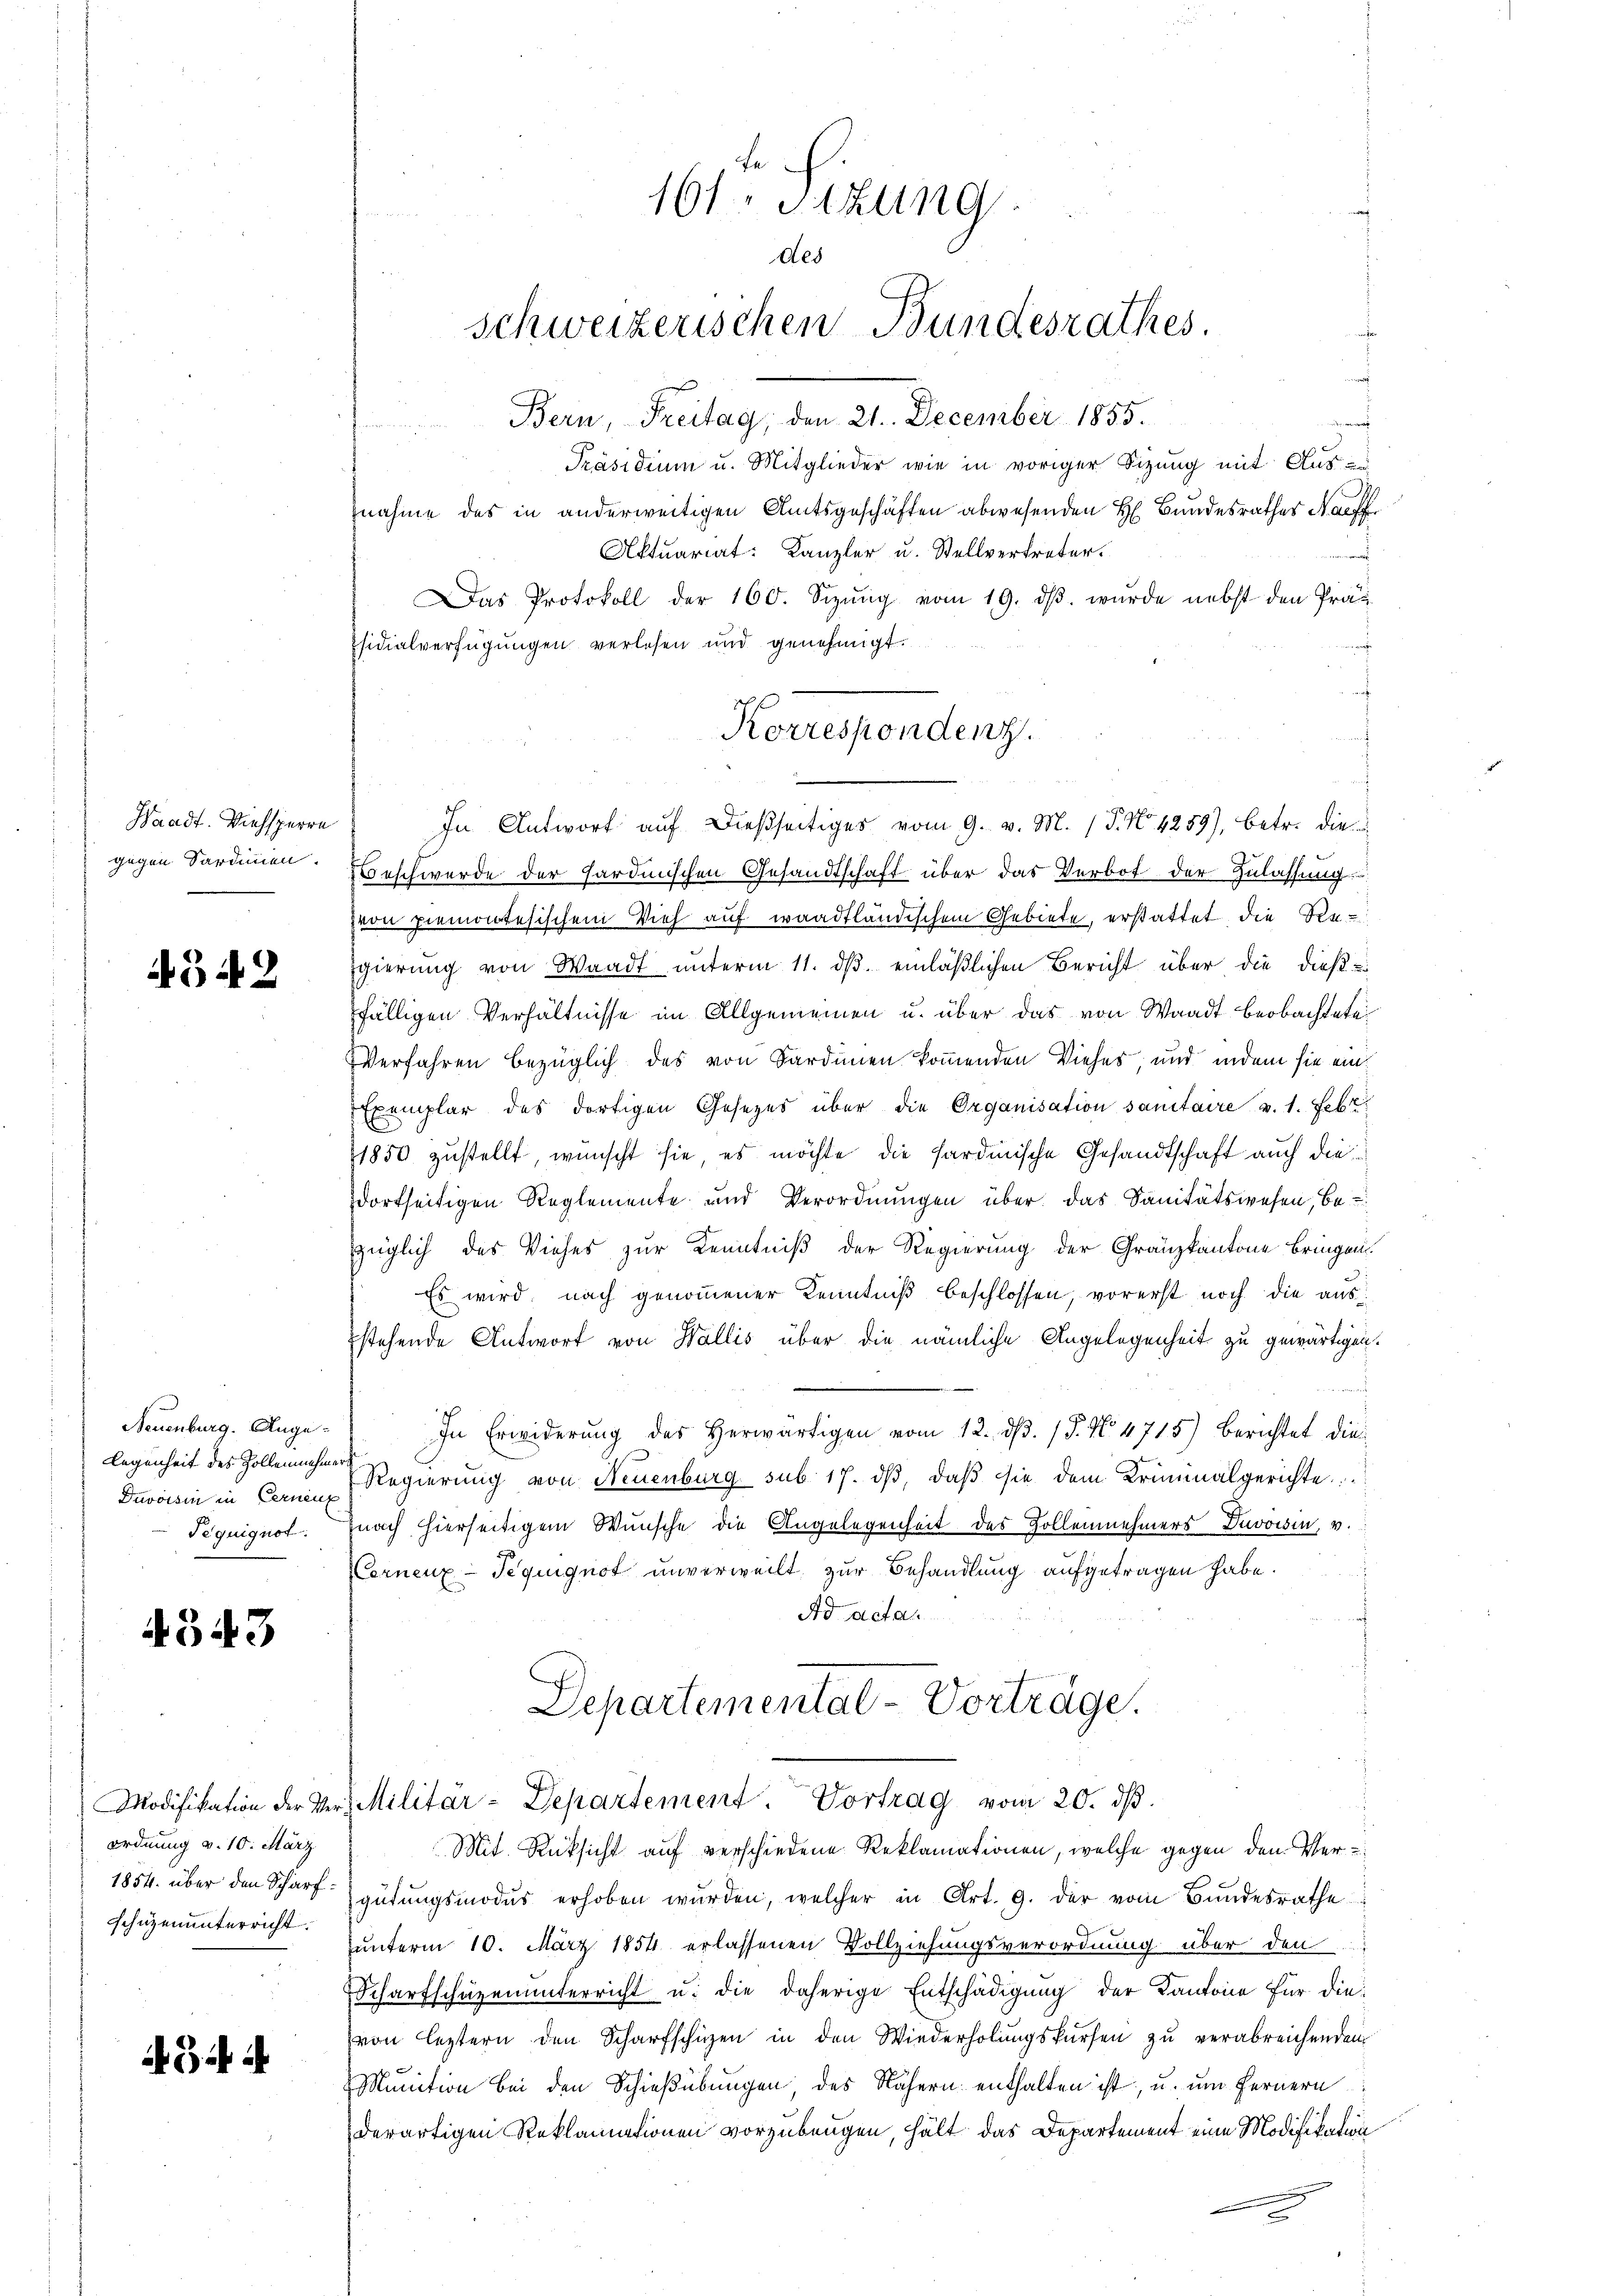
Waadt. Viehsperre
gegen Sardinien.

4542

Neuenburg. Angelegenheit des Zollennehmer
Duvoisin in Cerneue
Teguignot:

4343

ordnung v. 10. März
1854. über den Scharfschüzenunterricht.

4544

s
In Antwort auf dießseitiges vom 9. v. M. (T. No. 4259), betr. die
Beschwerde der Hardinischen Gesandtschaft über das Verbot der Zulassung
pron Piemontesischen Vieh auf waadtländischem Gebiete, erstattet, die Regierung von Waadt unterm 11. dβ einläßlichen Bericht über die dieß
fälligen Verhältnisse im Allgemeinen u. über das von Waadt beobachtete
Verfahren bezüglich das von Sardinen kommenden Vieher und indem sie ein¬
Exemplar des dortigen Gesezes über die Organisation sanitaire v. 1. Febr.
1850 zustellt, wünscht sie es möchte die Sardinische Gesandtschaft auch die
dortseitigen Reglemente und Verordnungen über das Sanitätswesen, bezüglich des Viehes zur Kenntniß der Regierung der Granzkantone bringen.
Es wird nach genommener Kenntniß beschlossen, vorerst noch die ausstehende Antwort von Wallis über die nämliche Angelegenheit zu gewärtigen.
a
In Erwiderŭng des herwärtigen vom 12. dβ. / P. No. 4715) berichtet die
Regierung von Neuenburg sub. 17. dβ, daß sie dem Kriminalgerichte
nach hierseitigem Wunsche die Angelegenheit des Zollenehmers Davoisin, v.
Eernenz-Teguignot unverweilt zur Behandlung aufgetragen habe.
Ad acta
Departemental-Vortrage.

gan
u
Präsidium u. Mitglieder wie in voriger Sitzung mit Aus-
nahme des in anderweitigen Amtsgeschäften abwesenden H. Bundesrathes Naeff
Aktuariat: Kanzler u. Stellvertreter.
r
Das Protokoll der 160. Sizŭng vom 19. dβ. wurde nebst den Präs
Esidialverfügungen verlesen und genehmigt.
 wege

161. Sitzung
des
schweizerischen Bundesrathes.
Bern, Freitag, den 21. December 1855.

Korrespondenz.

Modifikation der Ver-Militar-Departement. Vortrag vom 20. dβ.

Mit Rücksicht auf verschiedene Reklamationen, welche gegen den Vergütungsmodus erhoben wurden, welcher in Art. 9. der vom Bundesrathe
unterm 10. März 1854 erlassenen Vollziehungsverordnung über den
Scharfschäzenŭnterricht u. die daherige Entschädigung der Kantone für dievon leztern den Scharfschüzen in den Wiederholungskursen zu verabreichenden
Munition bei den Schießübungen, des Nähern enthalten ist, u. um fernern
derartigen Reklamationen vorzubeugen, hält das Departement eine Modifikation